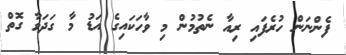
ފެންނަން ހުރެފައި ރިއާ ނެތުމުން މި ވާހަކައިގެ އަޑު މާ ގަދަވާ ގޮތް